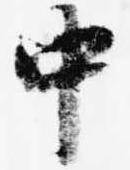
中